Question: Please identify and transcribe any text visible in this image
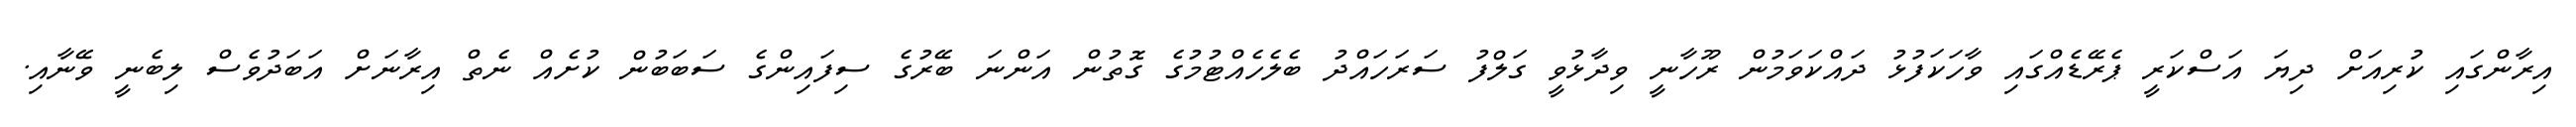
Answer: އިރާންގައި ކުރިއަށް ދިޔަ އަސްކަރީ ޕެރޭޑެއްގައި ވާހަކަފުޅު ދައްކަވަމުން ރޫހާނީ ވިދާޅުވީ ގަލްފު ސަރަހައްދު ބެލެހެއްޓުމުގެ ގޮތުން އަންނަ ބޭރުގެ ސިފައިންގެ ސަބަބުން ކުށެއް ނެތް އިރާނަށް އަބަދުވެސް ލިބެނީ ވޭނާއި.